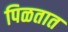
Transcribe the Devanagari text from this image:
पिळतात